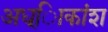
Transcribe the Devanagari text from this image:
अध्ािकांश